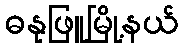
ဓနုဖြူမြို့နယ်